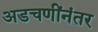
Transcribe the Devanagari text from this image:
अडचणींनंतर